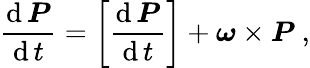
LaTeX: {\frac{\operatorname{d}{\boldsymbol{P}}}{\operatorname{d}t}}=\left[{\frac{\operatorname{d}{\boldsymbol{P}}}{\operatorname{d}t}}\right]+{\boldsymbol{\omega}}\times{\boldsymbol{P}}\ ,